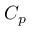
C _ { p }